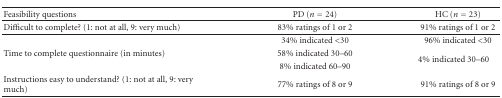
| Feasibility questions | PD (n = 24) | HC (n = 23) |
 | --- | --- | --- |
 | Difficult to complete? (1: not at all, 9: very much) | 83% ratings of 1 or 2 | 91% ratings of 1 or 2 |
 |  | 34% indicated <30 | 96% indicated <30 |
 | Time to complete questionnaire (in minutes) | 58% indicated 30–60 | 4% indicated 30–60 |
 |  | 8% indicated 60–90 |  |
 | Instructions easy to understand? (1: not at all, 9: very much) | 77% ratings of 8 or 9 | 91% ratings of 8 or 9 |